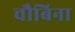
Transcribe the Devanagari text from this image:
चौबिना